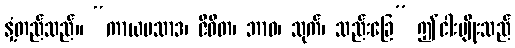
နှံ့တည်သည်။ “ကာယပသာဒ၊ ဇီဝိတ၊ ဘာဝ၊ သုက်၊ သည်းခြေ” ဤငါးမျိုးသည်